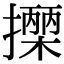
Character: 𢷡